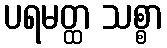
ပရမတ္ထ သစ္စာ